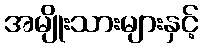
အမျိုးသားများနှင့်